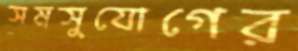
সমসুযোগের